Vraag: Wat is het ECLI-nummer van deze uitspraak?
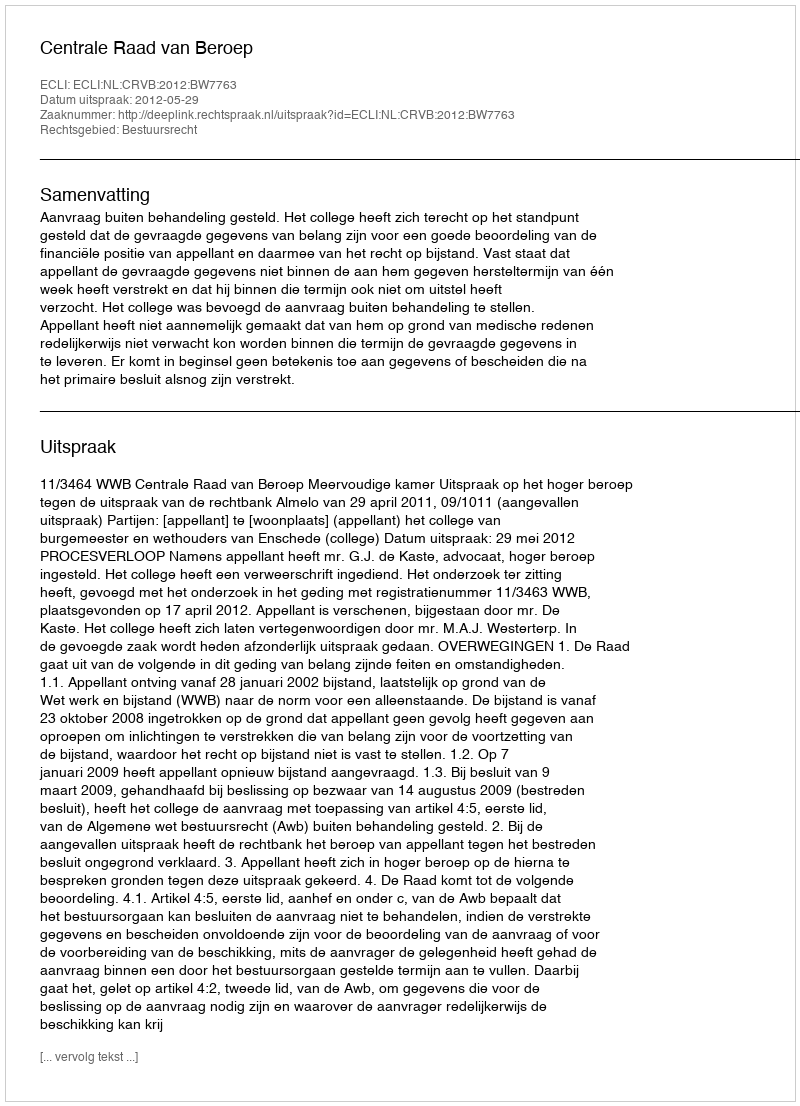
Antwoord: ECLI:NL:CRVB:2012:BW7763